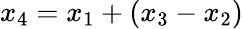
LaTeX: x_{4}=x_{1}+(x_{3}-x_{2})